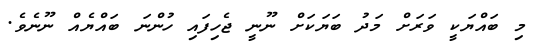
މި ބައްޔަކީ ވަރަށް މަދު ބަޔަކަށް ނޫނީ ޖެހިފައި ހުންނަ ބައްޔެއް ނޫނެވެ.